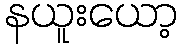
နယူးယော့